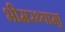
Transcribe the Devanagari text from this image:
भीमरथ्याम्।